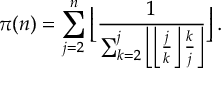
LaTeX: \pi ( n ) = \sum _ { j = 2 } ^ { n } \left\lfloor { \frac { 1 } { \sum _ { k = 2 } ^ { j } \left\lfloor \left\lfloor { \frac { j } { k } } \right\rfloor { \frac { k } { j } } \right\rfloor } } \right\rfloor .